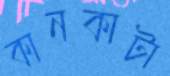
কানকাটা